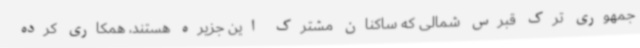
جمهوری ترک قبرس شمالی که ساکنان مشترک این جزیره هستند، همکاری کرده